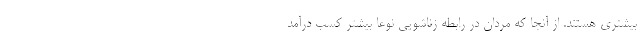
بیشتری هستند. از آنجا که مردان در رابطه زناشویی نوعا بیشتر کسب درآمد